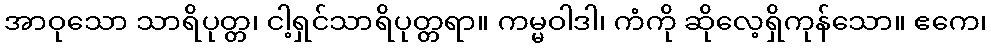
အာဝုသော သာရိပုတ္တ၊ ငါ့ရှင်သာရိပုတ္တရာ။ ကမ္မဝါဒါ၊ ကံကို ဆိုလေ့ရှိကုန်သော။ ဧကေ၊